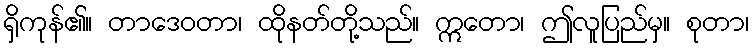
ရှိကုန်၏။ တာဒေဝတာ၊ ထိုနတ်တို့သည်။ ဣတော၊ ဤလူပြည်မှ။ စုတာ၊